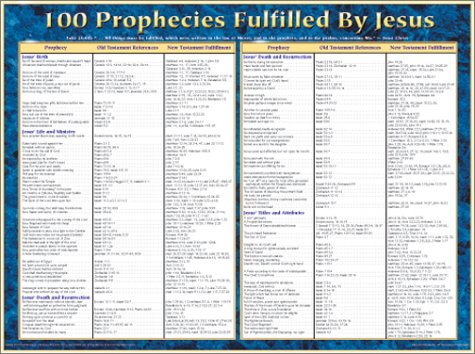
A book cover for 100 Prophecies Fulfilled by Jesus Laminated Wall Chart; Christian Books & Bibles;